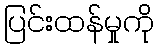
ပြင်းထန်မှုကို